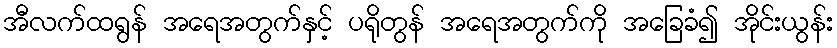
အီလက်ထရွန် အရေအတွက်နှင့် ပရိုတွန် အရေအတွက်ကို အခြေခံ၍ အိုင်းယွန်း